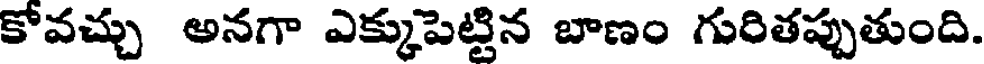
కోవచ్చు అనగా ఎక్కుపెట్టిన బాణం గురితప్పుతుంది.